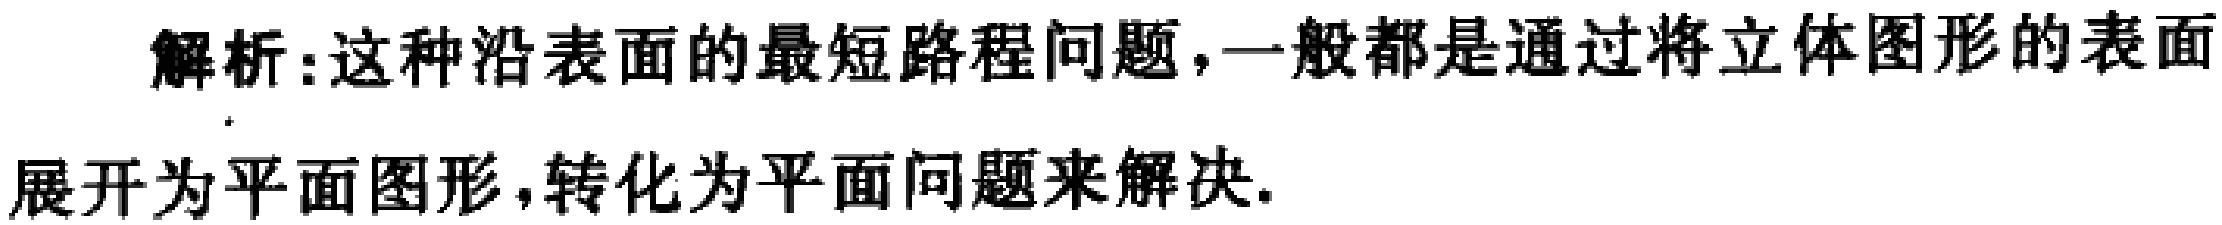
解析:这种沿表面的最短路程问题，一般都是通过将立体图形的表面展开为平面图形，转化为平面问题来解决.